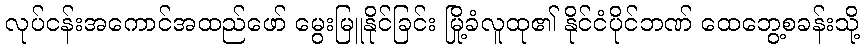
လုပ်ငန်းအကောင်အထည်ဖော် မွေးမြူနိုင်ခြင်း မြို့ခံလူထု၏ နိုင်ငံပိုင်ဘဏ် ထေဘွေ့စခန်းသို့